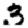
Digit: 3